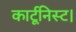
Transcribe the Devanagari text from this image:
कार्टूनिस्ट।